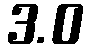
3.0